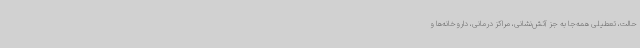
حالت، تعطیلی همه‌جا به جز آتش‌نشانی، مراکز درمانی، داروخانه‌ها و